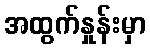
အထွက်နှုန်းမှာ